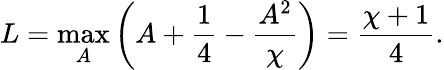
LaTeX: L=\operatorname*{max}_{A}\left(A+\frac{1}{4}-\frac{A^{2}}{\chi}\right)=\frac{\chi+1}{4}.